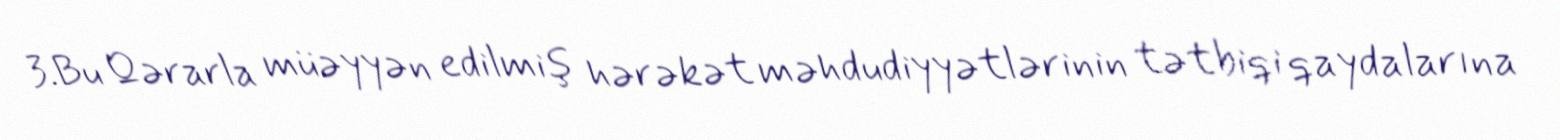
3.Bu Qərarla müəyyən edilmiş hərəkət məhdudiyyətlərinin tətbiqi qaydalarına